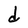
Character: d